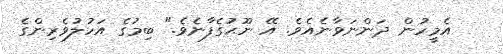
އެމީހުން ދަންނަވާނެއެވެ. އޭ ނޫޙުގެފާނެވެ." ބިމުގެ އަހުލުވެރިންގެ